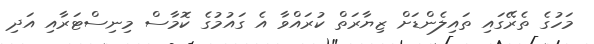
މަހުގެ ތެރޭގައި ތައިލެންޑަށް ޒިޔާރަތް ކުރައްވާ އެ ގައުމުގެ ކޮމާސް މިނިސްޓަރާއި އަދި